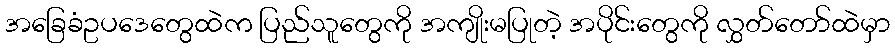
အခြေခံဥပဒေတွေထဲက ပြည်သူတွေကို အကျိုးမပြုတဲ့ အပိုင်းတွေကို လွှတ်တော်ထဲမှာ